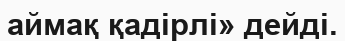
аймақ қадірлі» дейді.